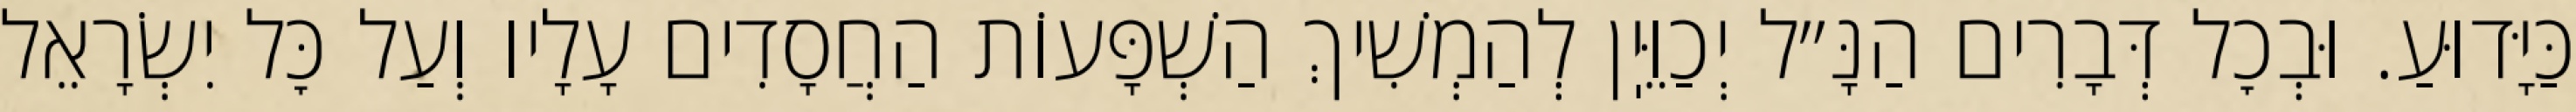
כַּיָּדוּעַ. וּבְכׇל דְּבָרִים הַנָּ״ל יְכַוֵּיֽן לְהַמְשִׁיךְ הַשְׁפָּעוֹת הַחֲסָדִים עָלָיו וְעַל כׇּל יִשְׂרָאֵל